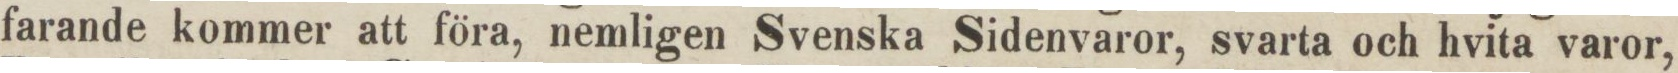
farande kommer att föra, nemligen Svenska Sidenvaror, svarta och hvita varor,